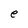
Character: e